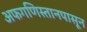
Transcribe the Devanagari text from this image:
अफगणिस्तानपासून